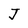
Character: J